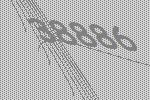
38886